Annual report of the Punjab Veterinary College and of the Civil Veterinary Department, Punjab - 1920-1925
Year: 1920
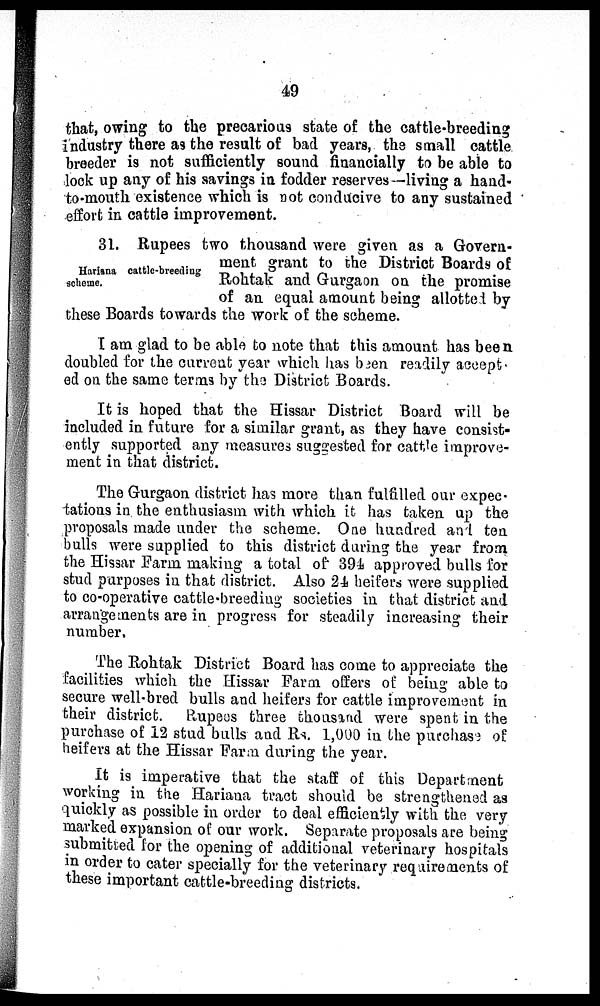
49
that, owing to the precarious state of the cattle-breeding
industry there as the result of bad years, the small cattle
breeder is not sufficiently sound financially to be able to
lock up any of his savings in fodder reserves—living a hand-
to-mouth existence which is not conducive to any sustained
effort in cattle improvement.
Hariana cattle-breeding
scheme.
31. Rupees two thousand were given as a Govern-
ment grant to the District Boards of
Rohtak and Gurgaon on the promise
of an equal amount being allotted by
these Boards towards the work of the scheme.
I am glad to be able to note that this amount has been
doubled for the current year which has been readily accept-
ed on the same terms by the District Boards.
It is hoped that the Hissar District Board will be
included in future for a similar grant, as they have consist-
ently supported any measures suggested for cattle improve-
ment in that district.
The Gurgaon district has more than fulfilled our expec-
tations in the enthusiasm with which it has taken up the
proposals made under the scheme. One hundred and ten
bulls were supplied to this district during the year from
the Hissar Farm making a total of 394 approved bulls for
stud purposes in that district. Also 24 heifers were supplied
to co-operative cattle-breeding societies in that district and
arrangements are in progress for steadily increasing their
number.
The Rohtak District Board has come to appreciate the
facilities which the Hissar Farm offers of being able to
secure well-bred bulls and heifers for cattle improvement in
their district. Rupees three thousand were spent in the
purchase of 12 stud bulls and Rs. 1,000 in the purchase of
heifers at the Hissar Farm during the year.
It is imperative that the staff of this Department
working in the Hariana tract should be strengthened as
quickly as possible in order to deal efficiently with the very
marked expansion of our work. Separate proposals are being
submitted for the opening of additional veterinary hospitals
in order to cater specially for the veterinary requirements of
these important cattle-breeding districts.